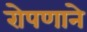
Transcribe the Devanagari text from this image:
रोपणाने